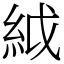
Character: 䋐